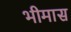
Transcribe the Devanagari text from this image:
भीमास